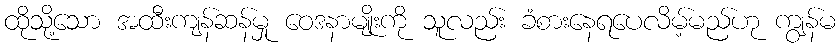
ထိုသို့သော အထီးကျန်ဆန်မှု ဝေဒနာမျိုးကို သူလည်း ခံစားနေရပေလိမ့်မည်ဟု ကျွန်မ